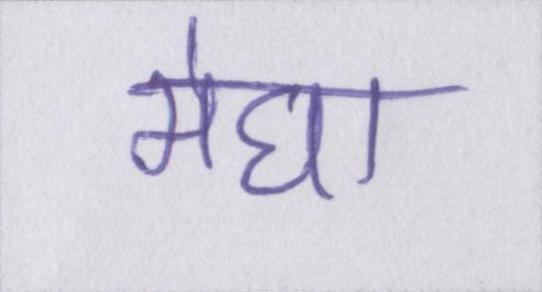
मेघा